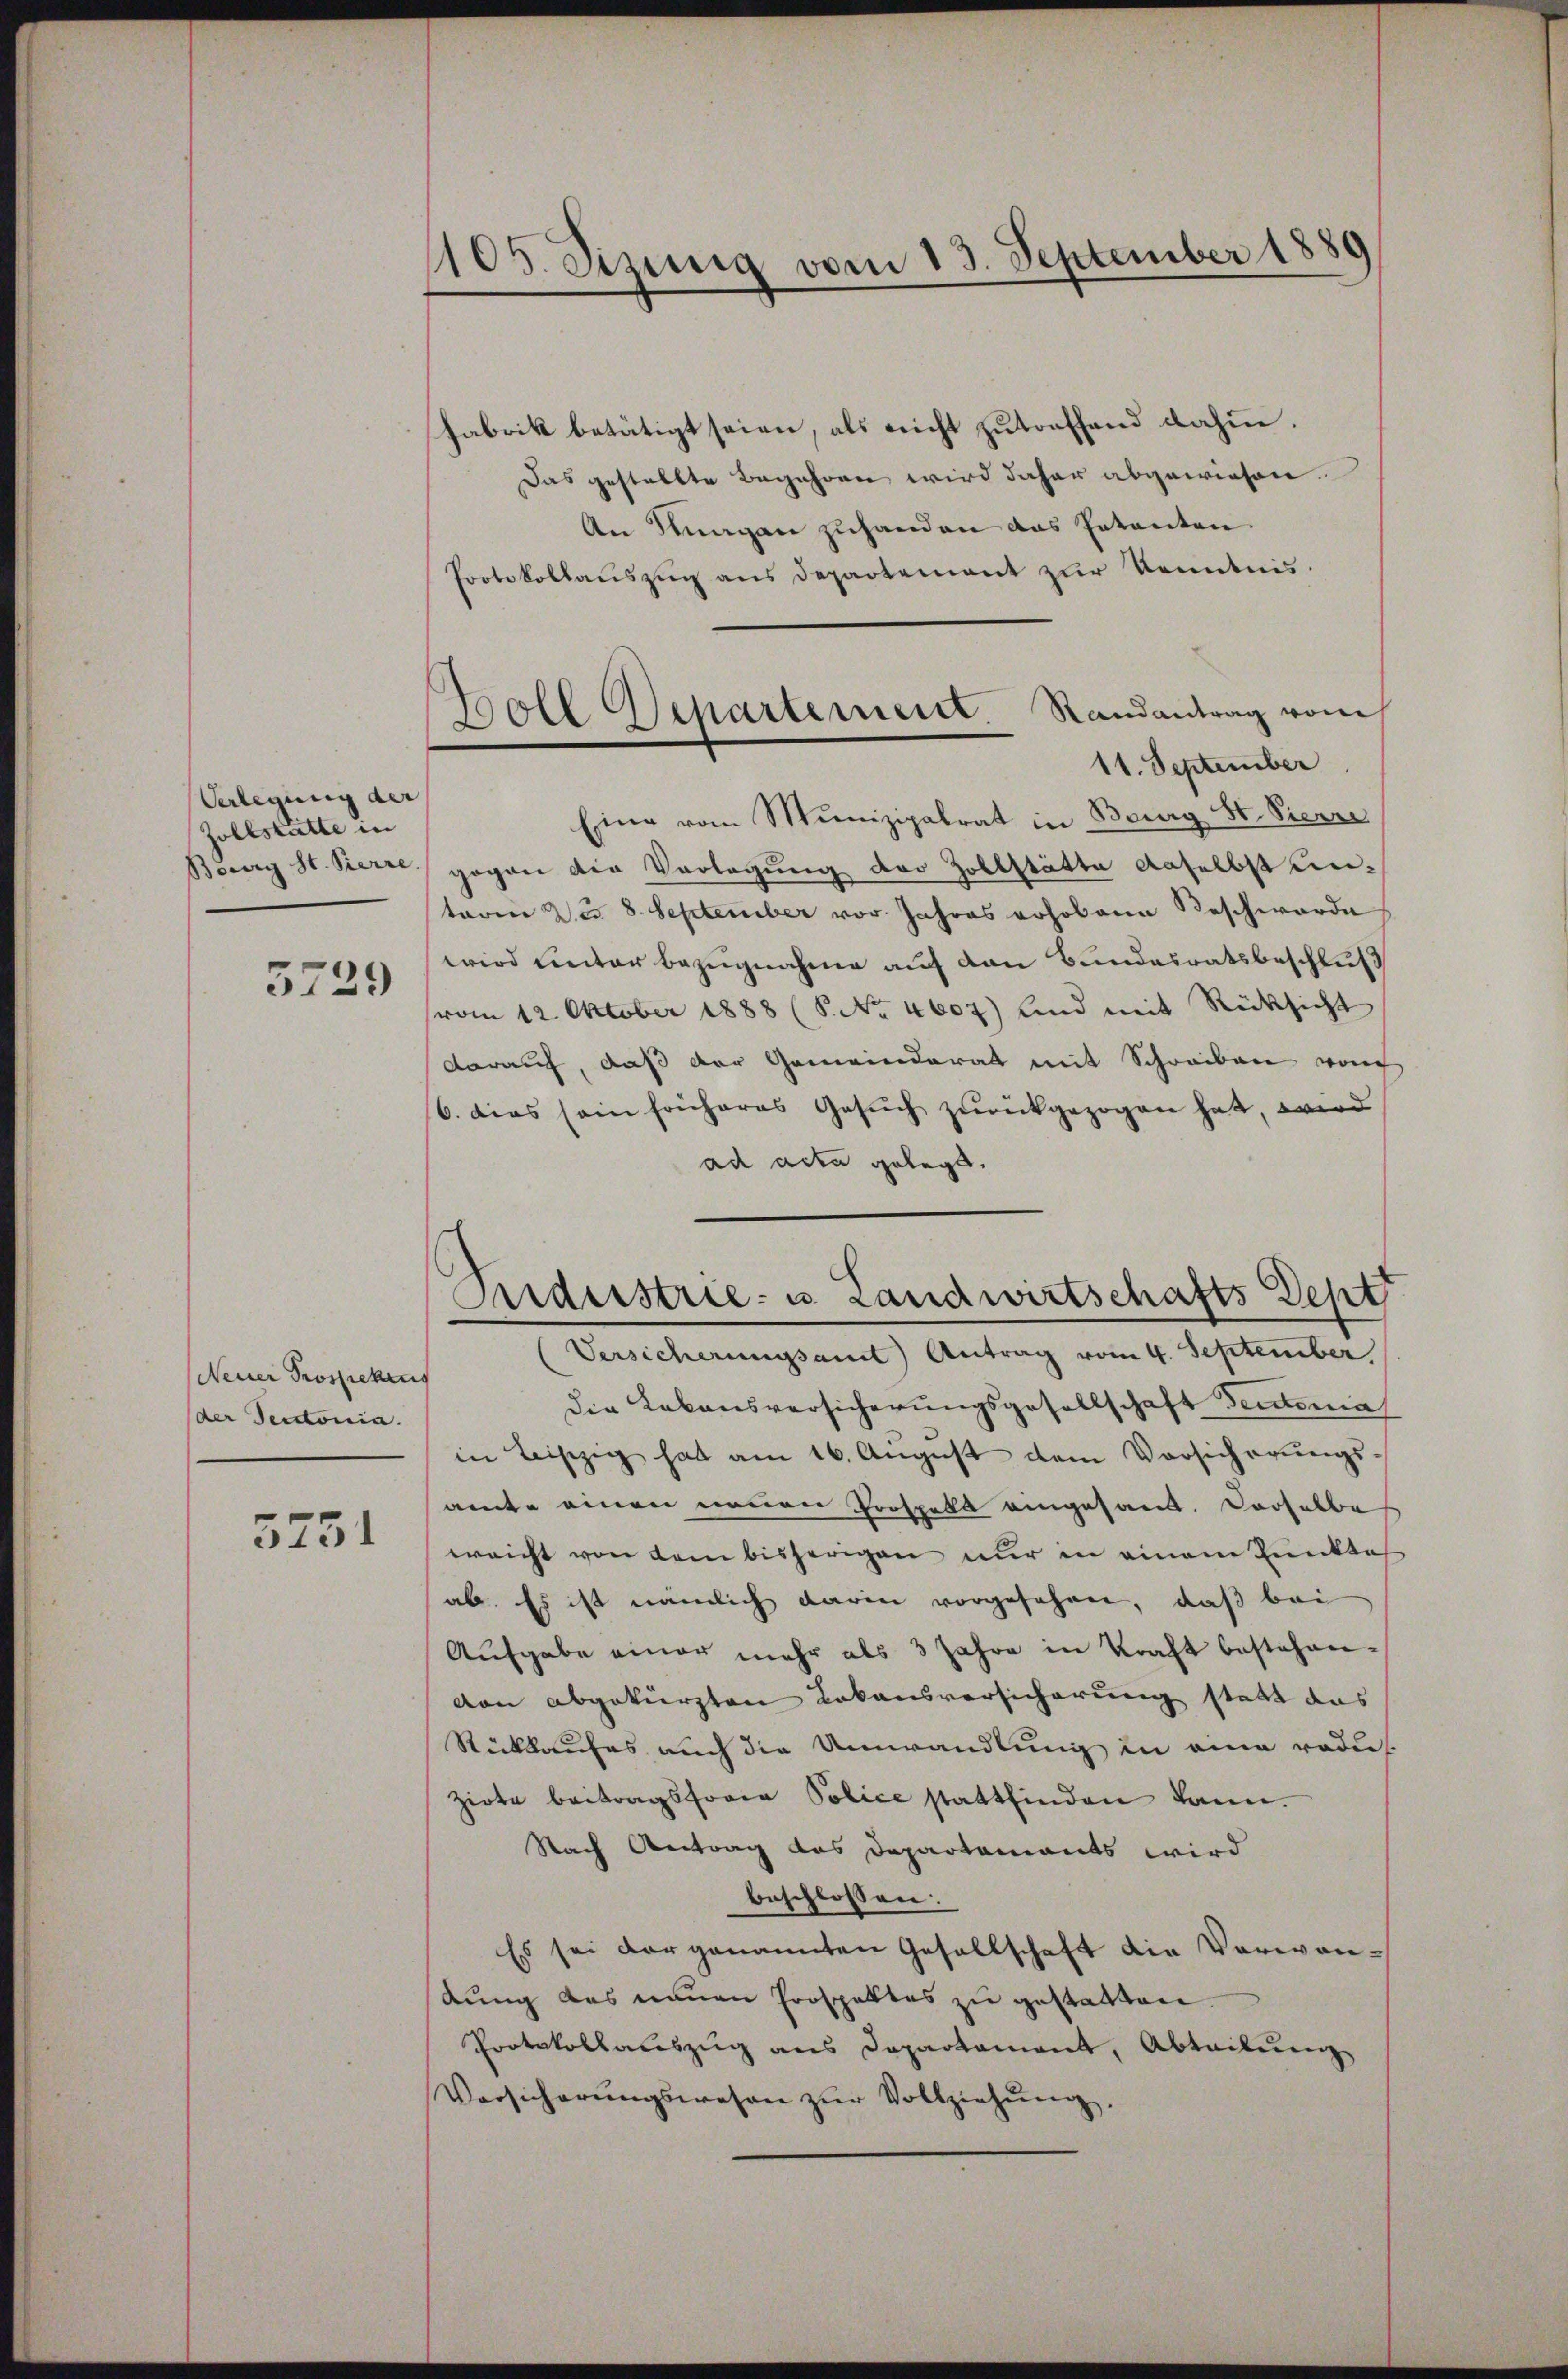
Verlegung der
Zollstatte in

5729

Neuer Prospekus
(der Secctonia.

5251

105. Sizung vom 13. September 18

Fabrik betätigt seien, als nicht zutreffend dahin.
Das gestellte Begehren wird daher abgewiesen.
An Kurgan zuhanden das Patenten.
Protokollaŭszŭg ans Departement zur Kenntnis.
11. September
Eine vom Munizipalrat in Bourg S. Pierre
Berry St. Pierre gegen die Vorlegung der Zollstätte daselbst untarin des 8. September vor Jahres erhobene Beschwerde
wird unter Bezugnahme auf den Bundesratsbeschluß
(vom 12. Oktober 1888 (S. No. 4607) und mit Rücksicht
darauf, daß der Gemeinderat mit Schreiben vo
6. dies sein früheres Gesŭch zurückgezogen hat, wird
ad aden gelegt,
Die Lebensversicherungsgesellschaft Sentima
in Leipzig hat am 16. August dem Vorsicherungssamte einen eineren Prospelt eingesand. Derselbe
eeicht von dem bisherigen nur in einem Punktes
ab. Es ist nämlich darin vorgesehen, daß bei
Aufgabe einer mehr als 3 Jahre in Kraft bestehen-
von abgekürzten Lokansversicherung statt das
Rückkaufes auch die Umwandlung in eine rodu
zirte beitragsforme Police stattfinden kann.
Nach Antrag das Departamants wird
beschlossen:
Es sei der genannten Gesellschaft die Verwandung das neuen Prospektes zu gestatten.
Protokollauszug aus Departament, Abteilung
Vorsicherŭngswesen zŭr Vollziehŭng,

Boll Departement Randantrag vom

Anderstrie- u. Landwirtschafts-Dept
Versicherungsamt Antrag vom 4. September,